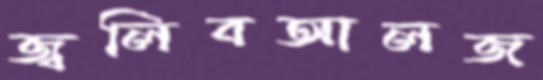
জ্বলিবআলজ